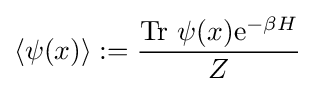
\langle \psi (x)\rangle :={\frac {{\text{Tr}}\ \psi (x){\rm {e}}^{-\beta H}}{Z}}